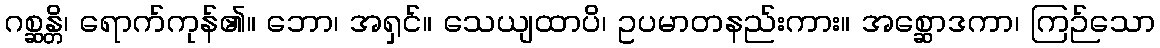
ဂစ္ဆန္တိ၊ ရောက်ကုန်၏။ ဘော၊ အရှင်။ သေယျထာပိ၊ ဥပမာတနည်းကား။ အစ္ဆောဒကာ၊ ကြဉ်သော